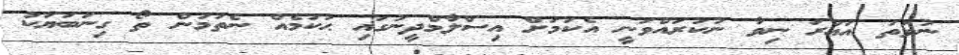
ނުވަތަ އައުރަ ނިވާ ނުކުރައްވަނީ އެކަމަށް އިސްލާމްދީނުގައި ޙުކުމެއް ނެތުމުން ތޯ ގިނަބަޔަކު